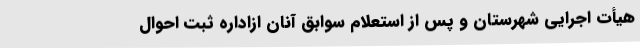
هیأت اجرایی شهرستان و پس از استعلام سوابق آنان از‌اداره ثبت احوال